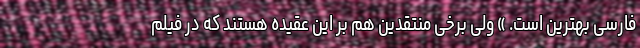
فارسی بهترین است. » ولی برخی منتقدین هم بر این عقیده هستند که در فیلم